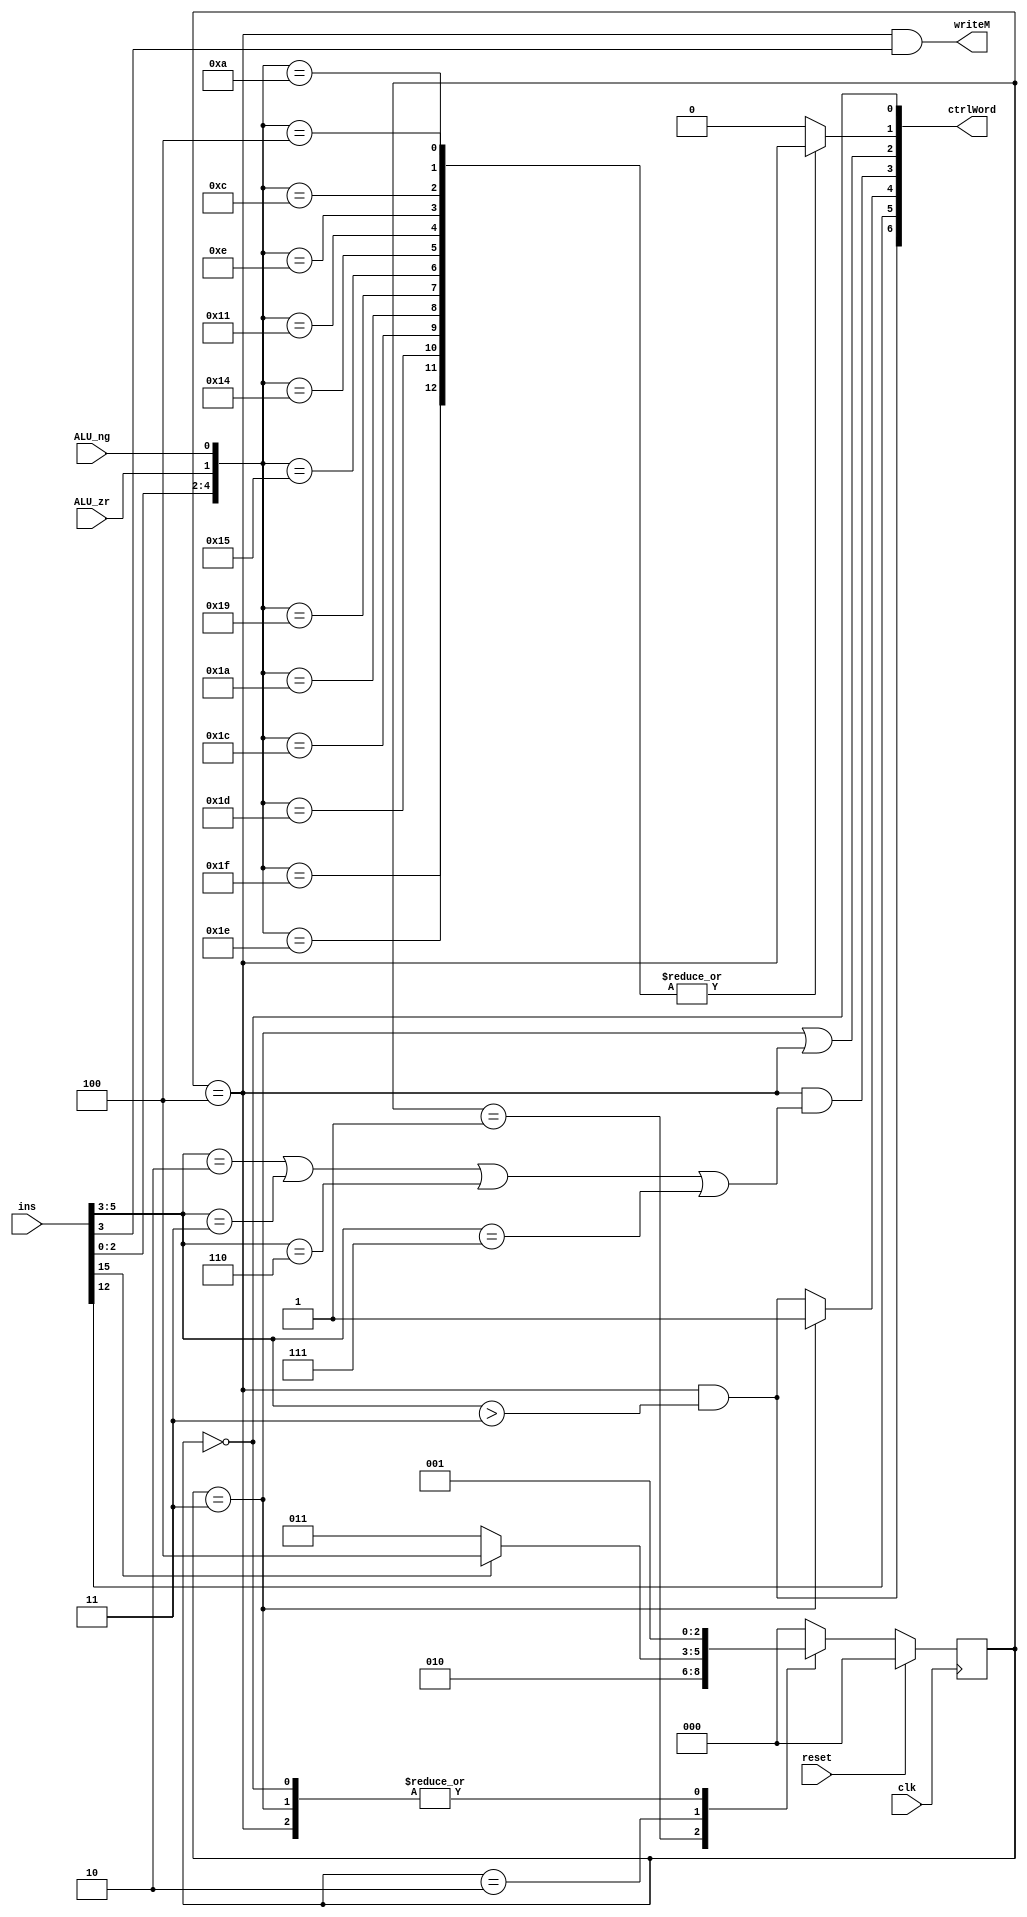
`timescale 1ns / 1ps
module CPU_FSM(input [15:0] ins,
               input reset,
               clk,
               input ALU_zr,
               ALU_ng,
               output [6:0] ctrlWord,
               output writeM);
reg [2:0] state;

reg loadPC ;
wire A_or_M, loadD, wM, PC_rst, PC_inc, A_or_C, loadA, dest_contains_A;

parameter STATE_RESET      = 0;
parameter STATE_FETCH      = 1;
parameter STATE_DECODE     = 2;
parameter STATE_A_INS      = 3;
parameter STATE_C_INS_COMP = 4;

initial begin
    state = STATE_RESET;
end

always @(posedge clk) begin
    if (reset)   state = STATE_RESET;
    else begin
        case (state)
            STATE_RESET: begin
                /*
                Initialize PC and state variables
                */
                state    = STATE_FETCH;
            end
            
            STATE_FETCH: begin
                state  = STATE_DECODE;
            end
            
            STATE_DECODE: begin
                if (ins[15]) 		// C ins
                state = STATE_C_INS_COMP;
                else  						// A ins
                state = STATE_A_INS;
            end
            
            STATE_A_INS: begin  			//execute A ins
                state    = STATE_FETCH;
            end
        
            STATE_C_INS_COMP: begin  			//execute C ins (computation)
                state    = STATE_FETCH;
            end

            default: state = STATE_RESET;

        endcase
    end
end

assign PC_inc = (state==STATE_A_INS || state==STATE_C_INS_COMP);

assign A_or_C = (state==STATE_C_INS_COMP && ins[5:3] > 3'b011);

assign A_or_M = ins[12];

assign dest_contains_A = (state==STATE_C_INS_COMP && ins[5:3] > 3'b011);
assign loadA=(state==STATE_A_INS)?1'b1:dest_contains_A;

assign loadD=(state==STATE_C_INS_COMP && (ins[5:3]==3'b010 || ins[5:3]==3'b011 || ins[5:3]==3'b110 || ins[5:3]==3'b111));

assign wM = (state==STATE_C_INS_COMP && ins[3]);
assign PC_rst=(state==STATE_RESET);

//procedural implementation of signal loadPC
always @(ins[2:0],ALU_zr,ALU_ng,state) begin
    // $display("{%b} jump detected, in state %d \n",{ins[2:0],ALU_zr,ALU_ng},state);
    case({ins[2:0],ALU_zr,ALU_ng})
        5'b00100, //JGT
        5'b01010, //JEQ
        5'b01100,5'b01110, //JGE
        5'b10001,    //JLT
        5'b10100,5'b10101, //JNE
        5'b11001,5'b11010, //JLE
        5'b11100,5'b11101,5'b11110,5'b11111 //JMP
        : begin
            loadPC <= (state==STATE_C_INS_COMP);
            // $display("{%b} jump detected, in state %d \n",{ins[2:0],ALU_zr,ALU_ng},state);
            end
        default : loadPC <= 0;
    endcase
end
assign ctrlWord = {A_or_C, A_or_M, loadA, loadD, PC_inc, loadPC, PC_rst};
assign writeM   = wM;
endmodule